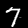
Label: 7